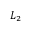
{ \cal L } _ { 2 }